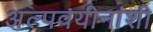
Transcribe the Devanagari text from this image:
अल्पवयीनांशी